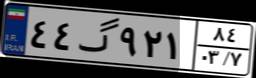
۱۴گ۱۱۹۶۵